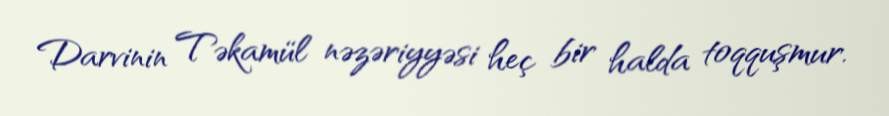
Darvinin Təkamül nəzəriyyəsi heç bir halda toqquşmur.